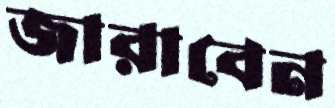
জারাবেন